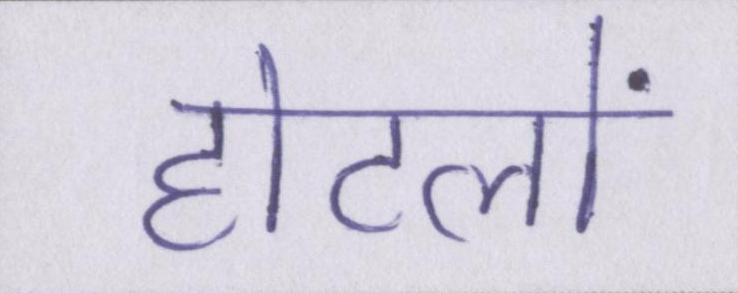
होटलों